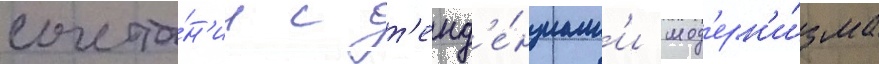
сочета́н'ии с т'енд'е́нциам'и мод'ерн'и́зма